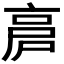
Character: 𠅡